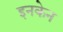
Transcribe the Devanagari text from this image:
इनकेन